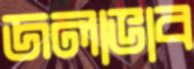
জলাভাব